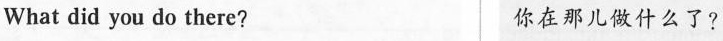
What did you do there? 你在那儿做什么了?